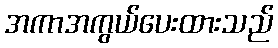
အကာအကွယ်ပေးထားသည်